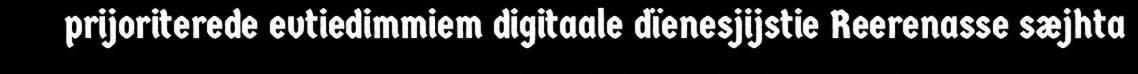
prijoriterede evtiedimmiem digitaale dïenesjijstie Reerenasse sæjhta